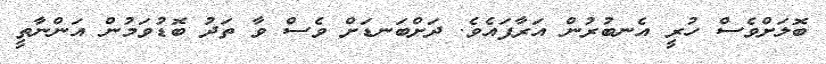
ބޮލަށްވެސް ހުރީ އެނބުރުން އަރާފައެވެ. ދަށްބަނޑަށް ވެސް ވާ ތަދު ބޮޑުވަމުން އަންނާތީ